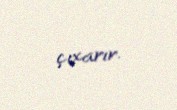
çıxarır.